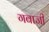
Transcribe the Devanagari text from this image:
गबाजी